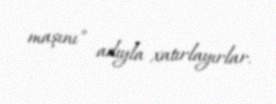
maşını" adıyla xatırlayırlar.